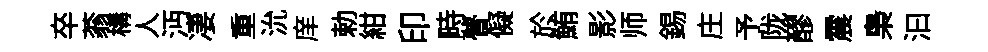
卒蓊構人沔凄重沇庠勅紺印畤瞢儗於鮪影师錫庄予陇醪震梟汩